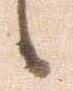
候